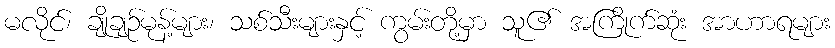
မလိုင်၊ ချိုချဉ်မုန့်များ၊ သစ်သီးများနှင့် ကွမ်းတို့မှာ သူ၏ အကြိုက်ဆုံး အာဟာရများ